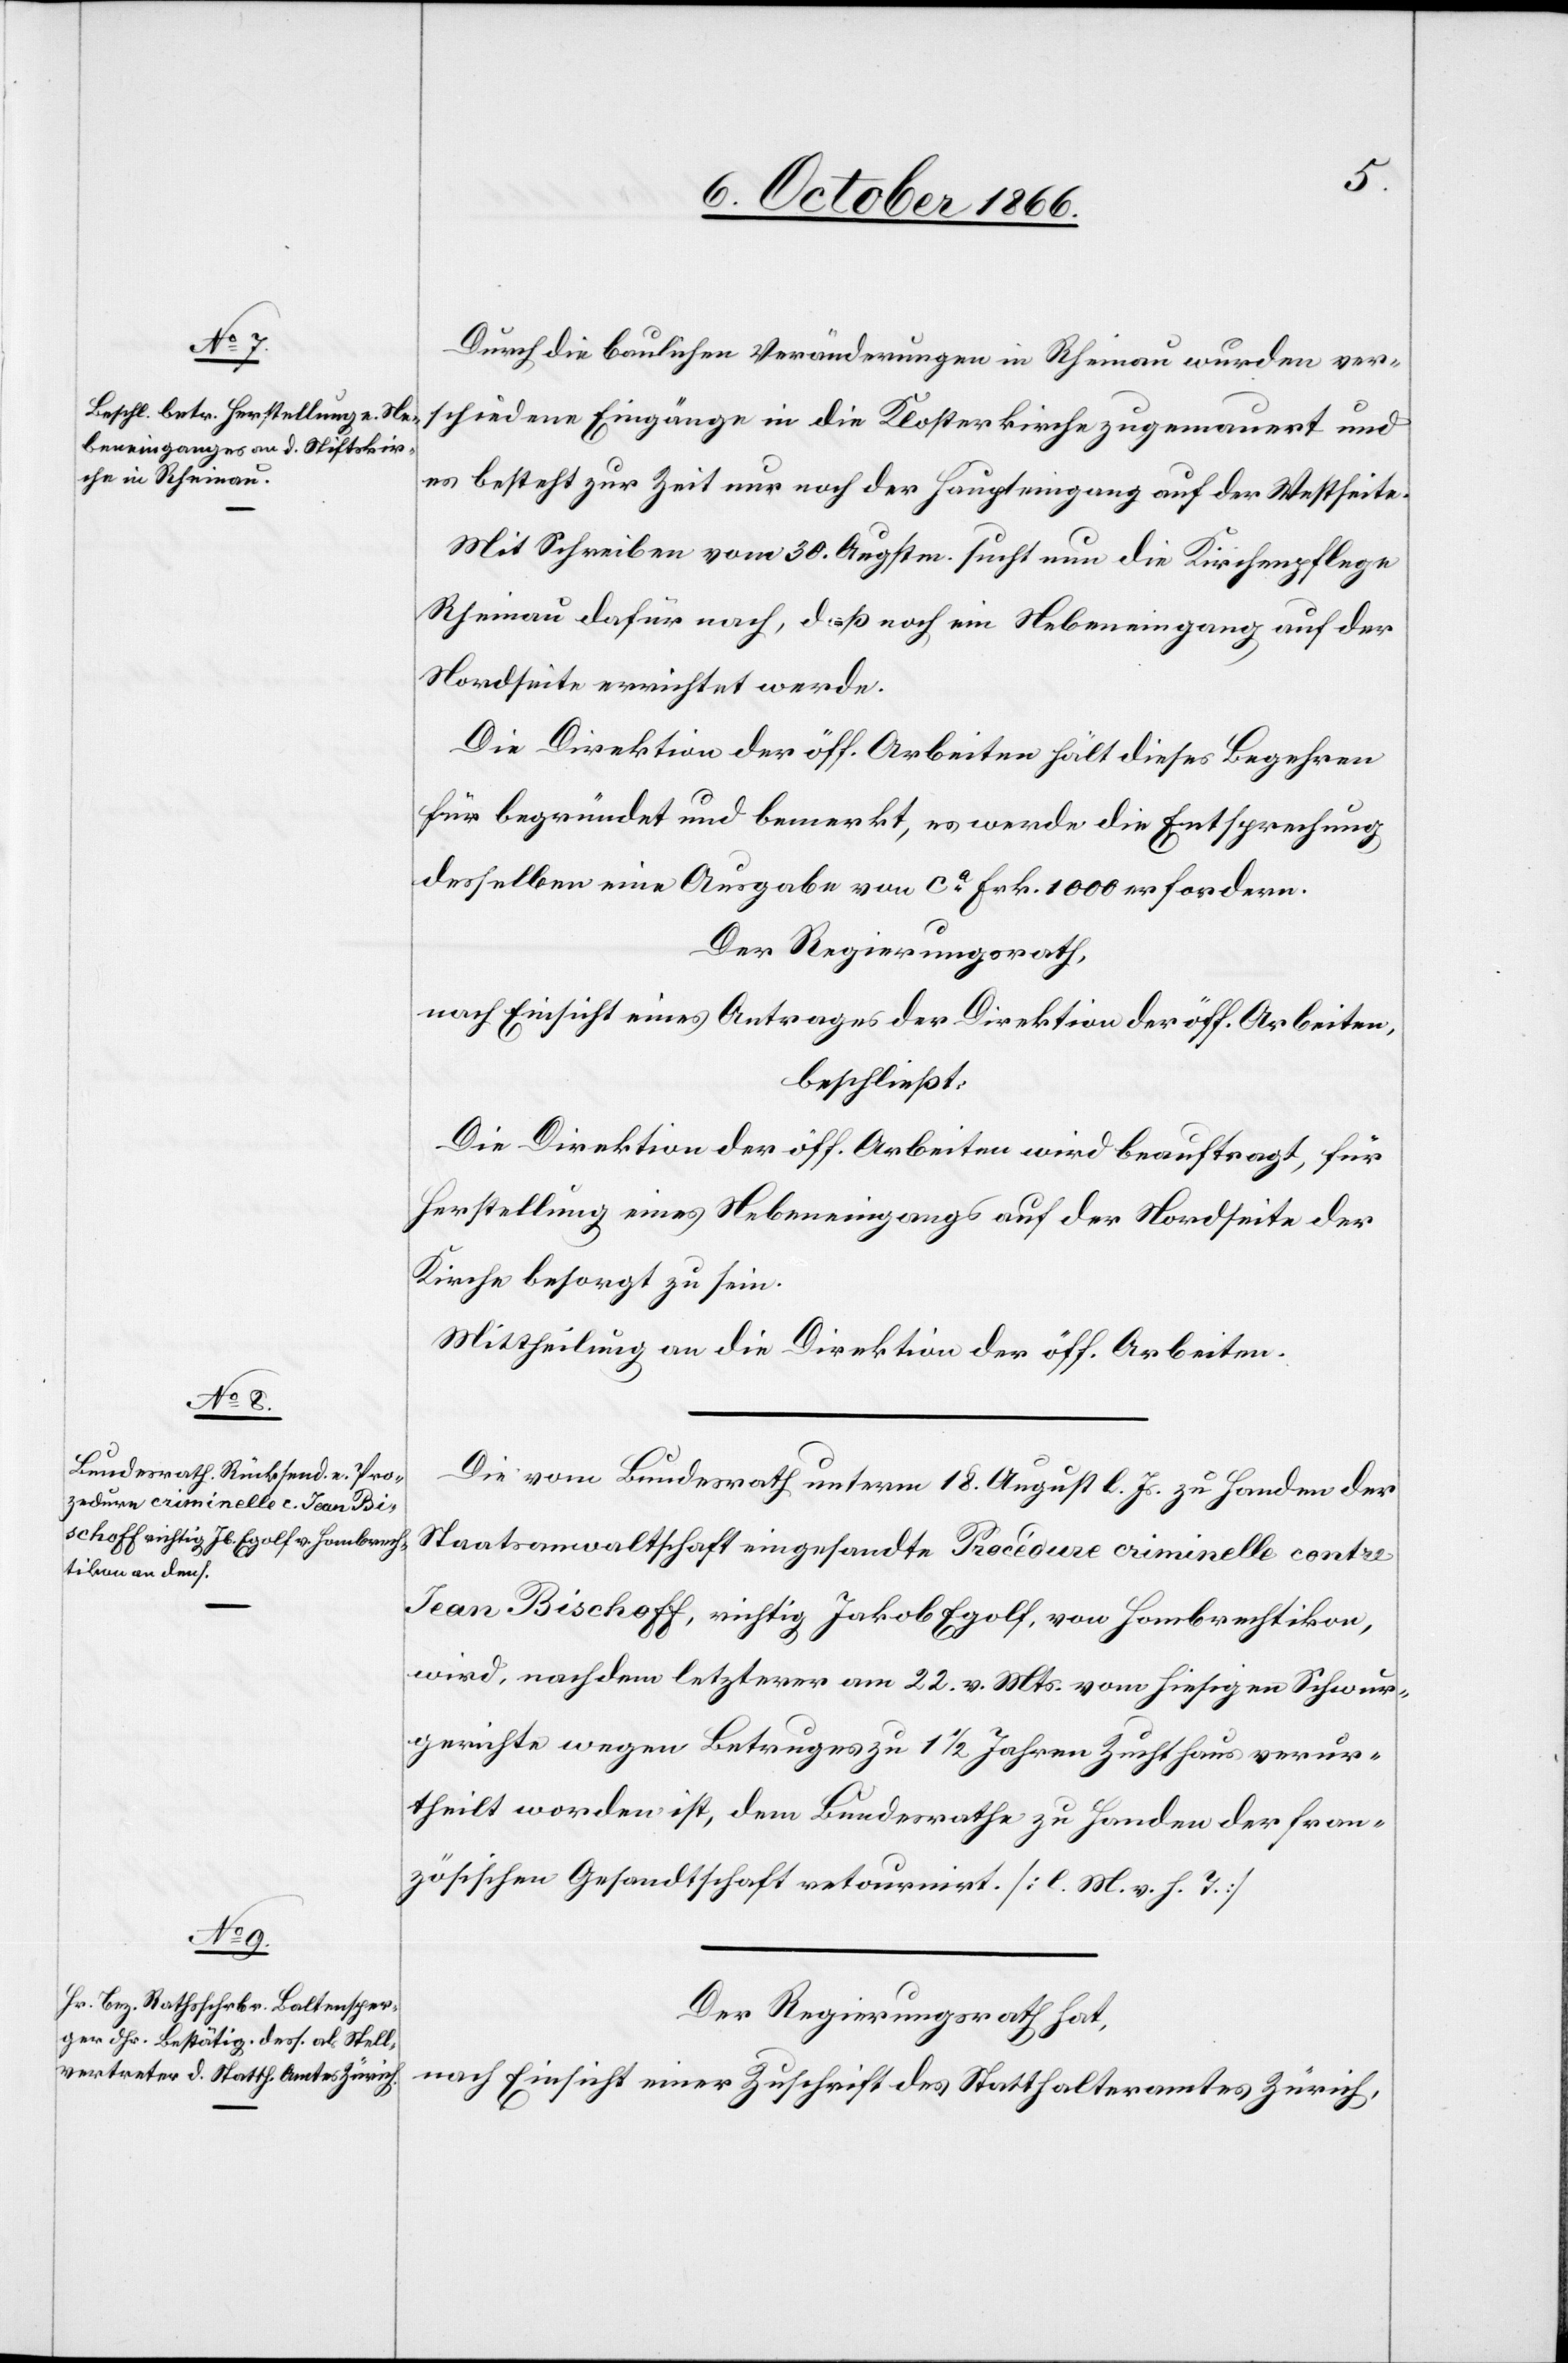
Durch die baulichen Veränderungen in Rheinau wurden ver¬
schiedene Eingänge in die Klosterkirche zugemauert und
es besteht zur Zeit nur noch der Haupteingang auf der Westseite.
Mit Schreiben vom 30. Augstm. sucht nun die Kirchenpflege
Rheinau dafür nach, daß noch ein Nebeneingang auf der
Nordseite errichtet werde.
Die Direktion der öff. Arbeiten hält dieses Begehren
für begründet und bemerkt, es werde die Entsprechung
desselben eine Ausgabe von ca. Frk. 1000 erfordern.
Der Regierungsrath,
nach Einsicht eines Antrages der Direktion der öff. Arbeiten,
beschließt:
Die Direktion der öff. Arbeiten wird beauftragt, für
Herstellung eines Nebeneingangs auf der Nordseite der
Kirche besorgt zu sein.
Mittheilung an die Direktion der öff. Arbeiten.
Die vom Bundesrath unterm 18. August l. Js. zu Handen der
Staatsanwaltschaft eingesandte Procédure criminelle contre
Jean Bischoff, richtig Jakob Egolf, von Hombrechtikon,
wird, nachdem letzterer am 22. v. Mts. vom hiesigen Schwur¬
gerichte wegen Betruges zu 1 ½ Jahren Zuchthaus verur¬
theilt worden ist, dem Bundesrathe zu Handen der fran¬
zösischen Gesandtschaft retournirt. [l. M. v. h. T.]
Der Regierungsrath hat,
nach Einsicht einer Zuschrift des Statthalteramtes Zürich,